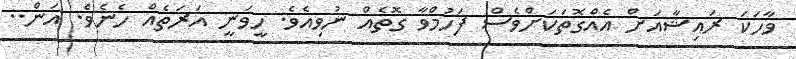
ވާހަކަ ރައިޝާއަށް އެއްގޮތަކަށްވެސް ފަހުމްވާ ގޮތެއް ނުވިއެވެ. ހީވަނީ އަރަތެއް ހެނެވެ. އަން..